Trukikaitis_Postimees, lk 104
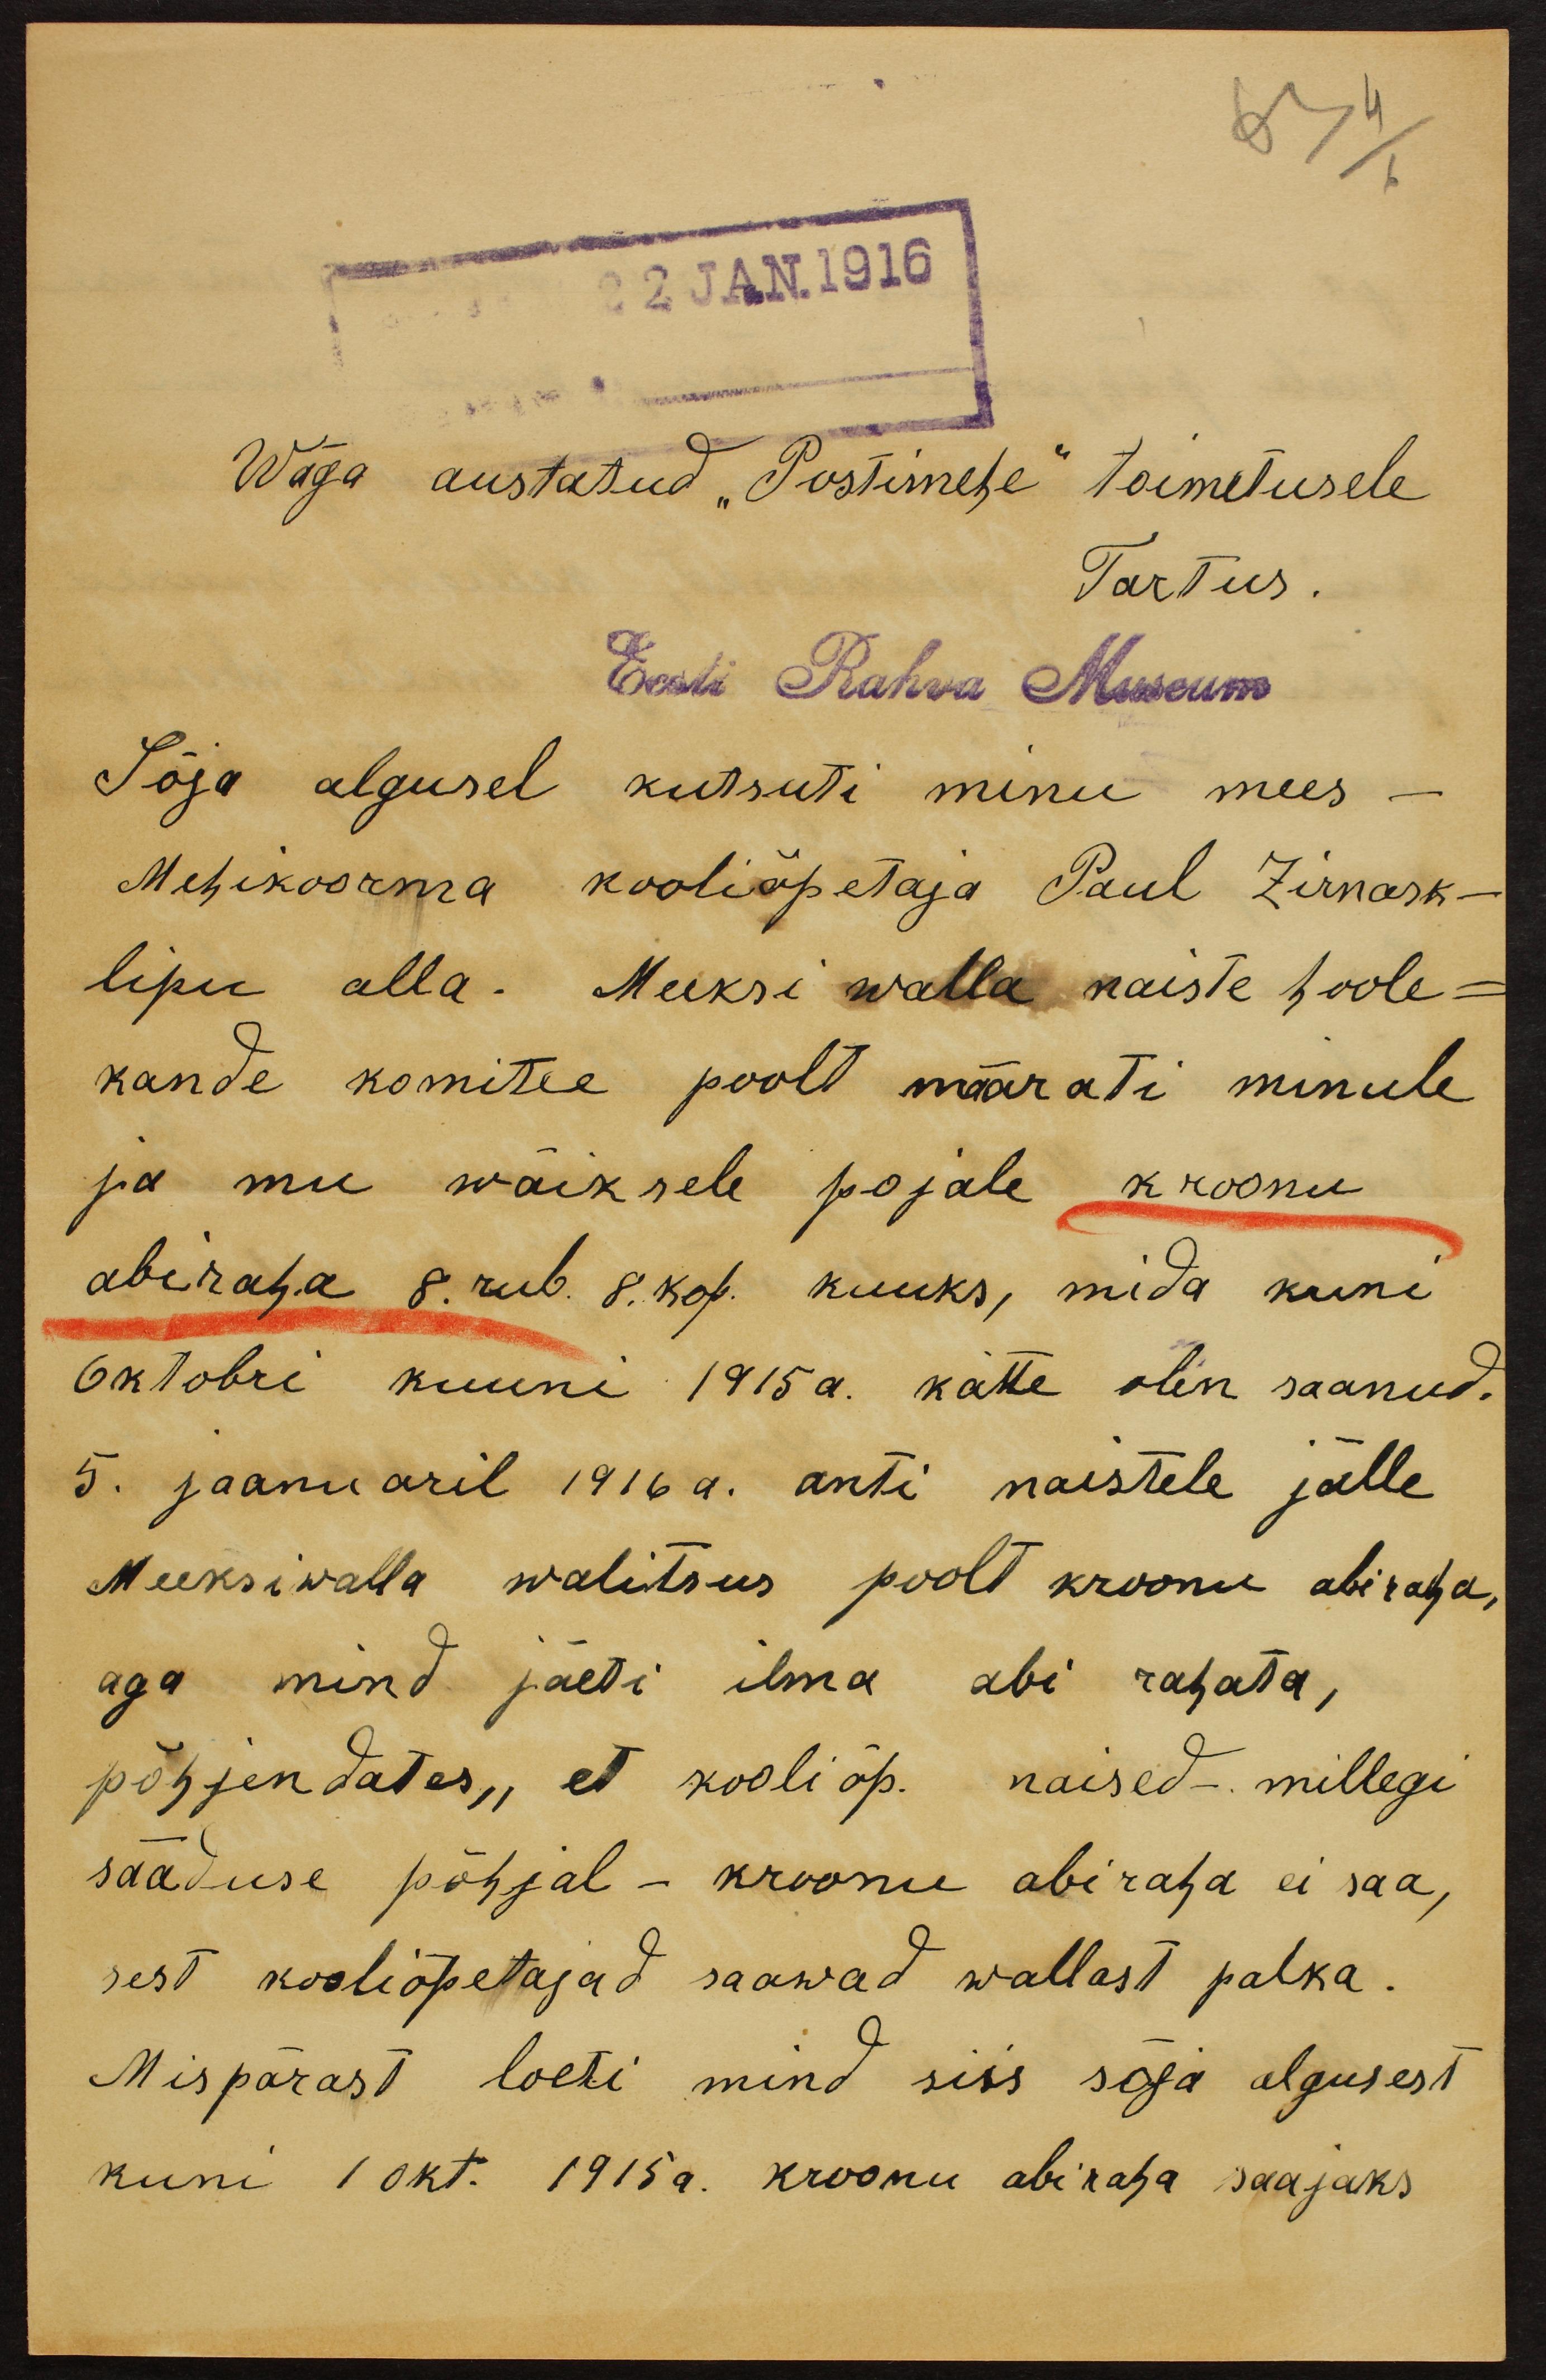
63 4
6

22. JAN 1916

Wäga austatud "Postimehe" toimetusele.
Tartus.
Eest Rahva Museum
Sõja algusel kutsuti minu mees -
Mehikooma kooliõpetaja Paul Zirnask-
lipu alla. Meeksi walla naiste hoole-
kande komitee poolt määrati minule
ja mu wäiksele pojale kroonu
abiraha 8 rub. 8. kop. kuuks, mida kuni
6 ktobri kuuni 1915 a. kätte olin saanud.
5. jaanuaril 1916 a. anti naistele jälle
Meeksiwalla walitsus poolt kroonu abiraha,
aga mind jäeti ilma abi rahata,
põhjendates, et kooli õp. naised - millegi
sääduse põhjal - kroonu abiraha ei saa,
sest kooliõpetajad saawad wallast palka.
Mispärast loeti mind siis sõja algusest
kuni 1 okt. 1915 a. kroonu abiraha saajaks